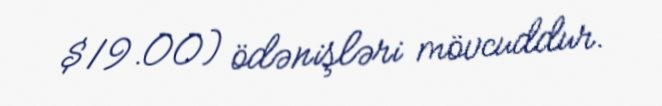
$19.00) ödənişləri mövcuddur.